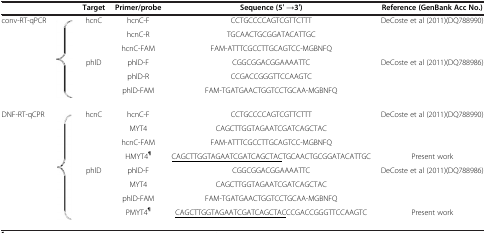
<table><thead><tr><td colspan="2"><b> </b></td><td><b>Target</b></td><td><b>Primer/probe</b></td><td><b>Sequence (5′ →3′)</b></td><td><b>Reference (GenBank Acc No.)</b></td></tr></thead><tbody><tr><td rowspan="6">conv-RT-qPCR</td><td rowspan="6"></td><td rowspan="3">hcnC</td><td>hcnC-F</td><td>CCTGCCCCAGTCGTTCTTT</td><td rowspan="3">DeCoste et al (2011)(DQ788990)</td></tr><tr><td>hcnC-R</td><td>TGCAACTGCGGATACATTGC</td></tr><tr><td>hcnC-FAM</td><td>FAM-ATTTCGCCTTGCAGTCC-MGBNFQ</td></tr><tr><td rowspan="3">phlD</td><td>phlD-F</td><td>CGGCGGACGGAAAATTC</td><td rowspan="3">DeCoste et al (2011)(DQ788986)</td></tr><tr><td>phlD-R</td><td>CCGACCGGGTTCCAAGTC</td></tr><tr><td>phlD-FAM</td><td>FAM-TGATGAACTGGTCCTGCAA-MGBNFQ</td></tr><tr><td rowspan="8">DNF-RT-qCPR</td><td rowspan="8"></td><td rowspan="4">hcnC</td><td>hcnC-F</td><td>CCTGCCCCAGTCGTTCTTT</td><td rowspan="3">DeCoste et al (2011)(DQ788990)</td></tr><tr><td>MYT4</td><td>CAGCTTGGTAGAATCGATCAGCTAC</td></tr><tr><td>hcnC-FAM</td><td>FAM-ATTTCGCCTTGCAGTCC-MGBNFQ</td></tr><tr><td>HMYT4<sup><b>¶</b></sup></td><td><underline>CAGCTTGGTAGAATCGATCAGCTAC</underline>TGCAACTGCGGATACATTGC</td><td>Present work</td></tr><tr><td rowspan="4">phlD</td><td>phlD-F</td><td>CGGCGGACGGAAAATTC</td><td rowspan="3">DeCoste et al (2011)(DQ788986)</td></tr><tr><td>MYT4</td><td>CAGCTTGGTAGAATCGATCAGCTAC</td></tr><tr><td>phlD-FAM</td><td>FAM-TGATGAACTGGTCCTGCAA-MGBNFQ</td></tr><tr><td>PMYT4<sup><b>¶</b></sup></td><td><underline>CAGCTTGGTAGAATCGATCAGCTAC</underline>CCGACCGGGTTCCAAGTC</td><td>Present work</td></tr></tbody></table>